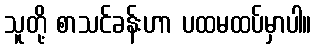
သူတို့ စာသင်ခန်းဟာ ပထမထပ်မှာပါ။